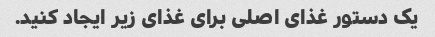
یک دستور غذای اصلی برای غذای زیر ایجاد کنید.